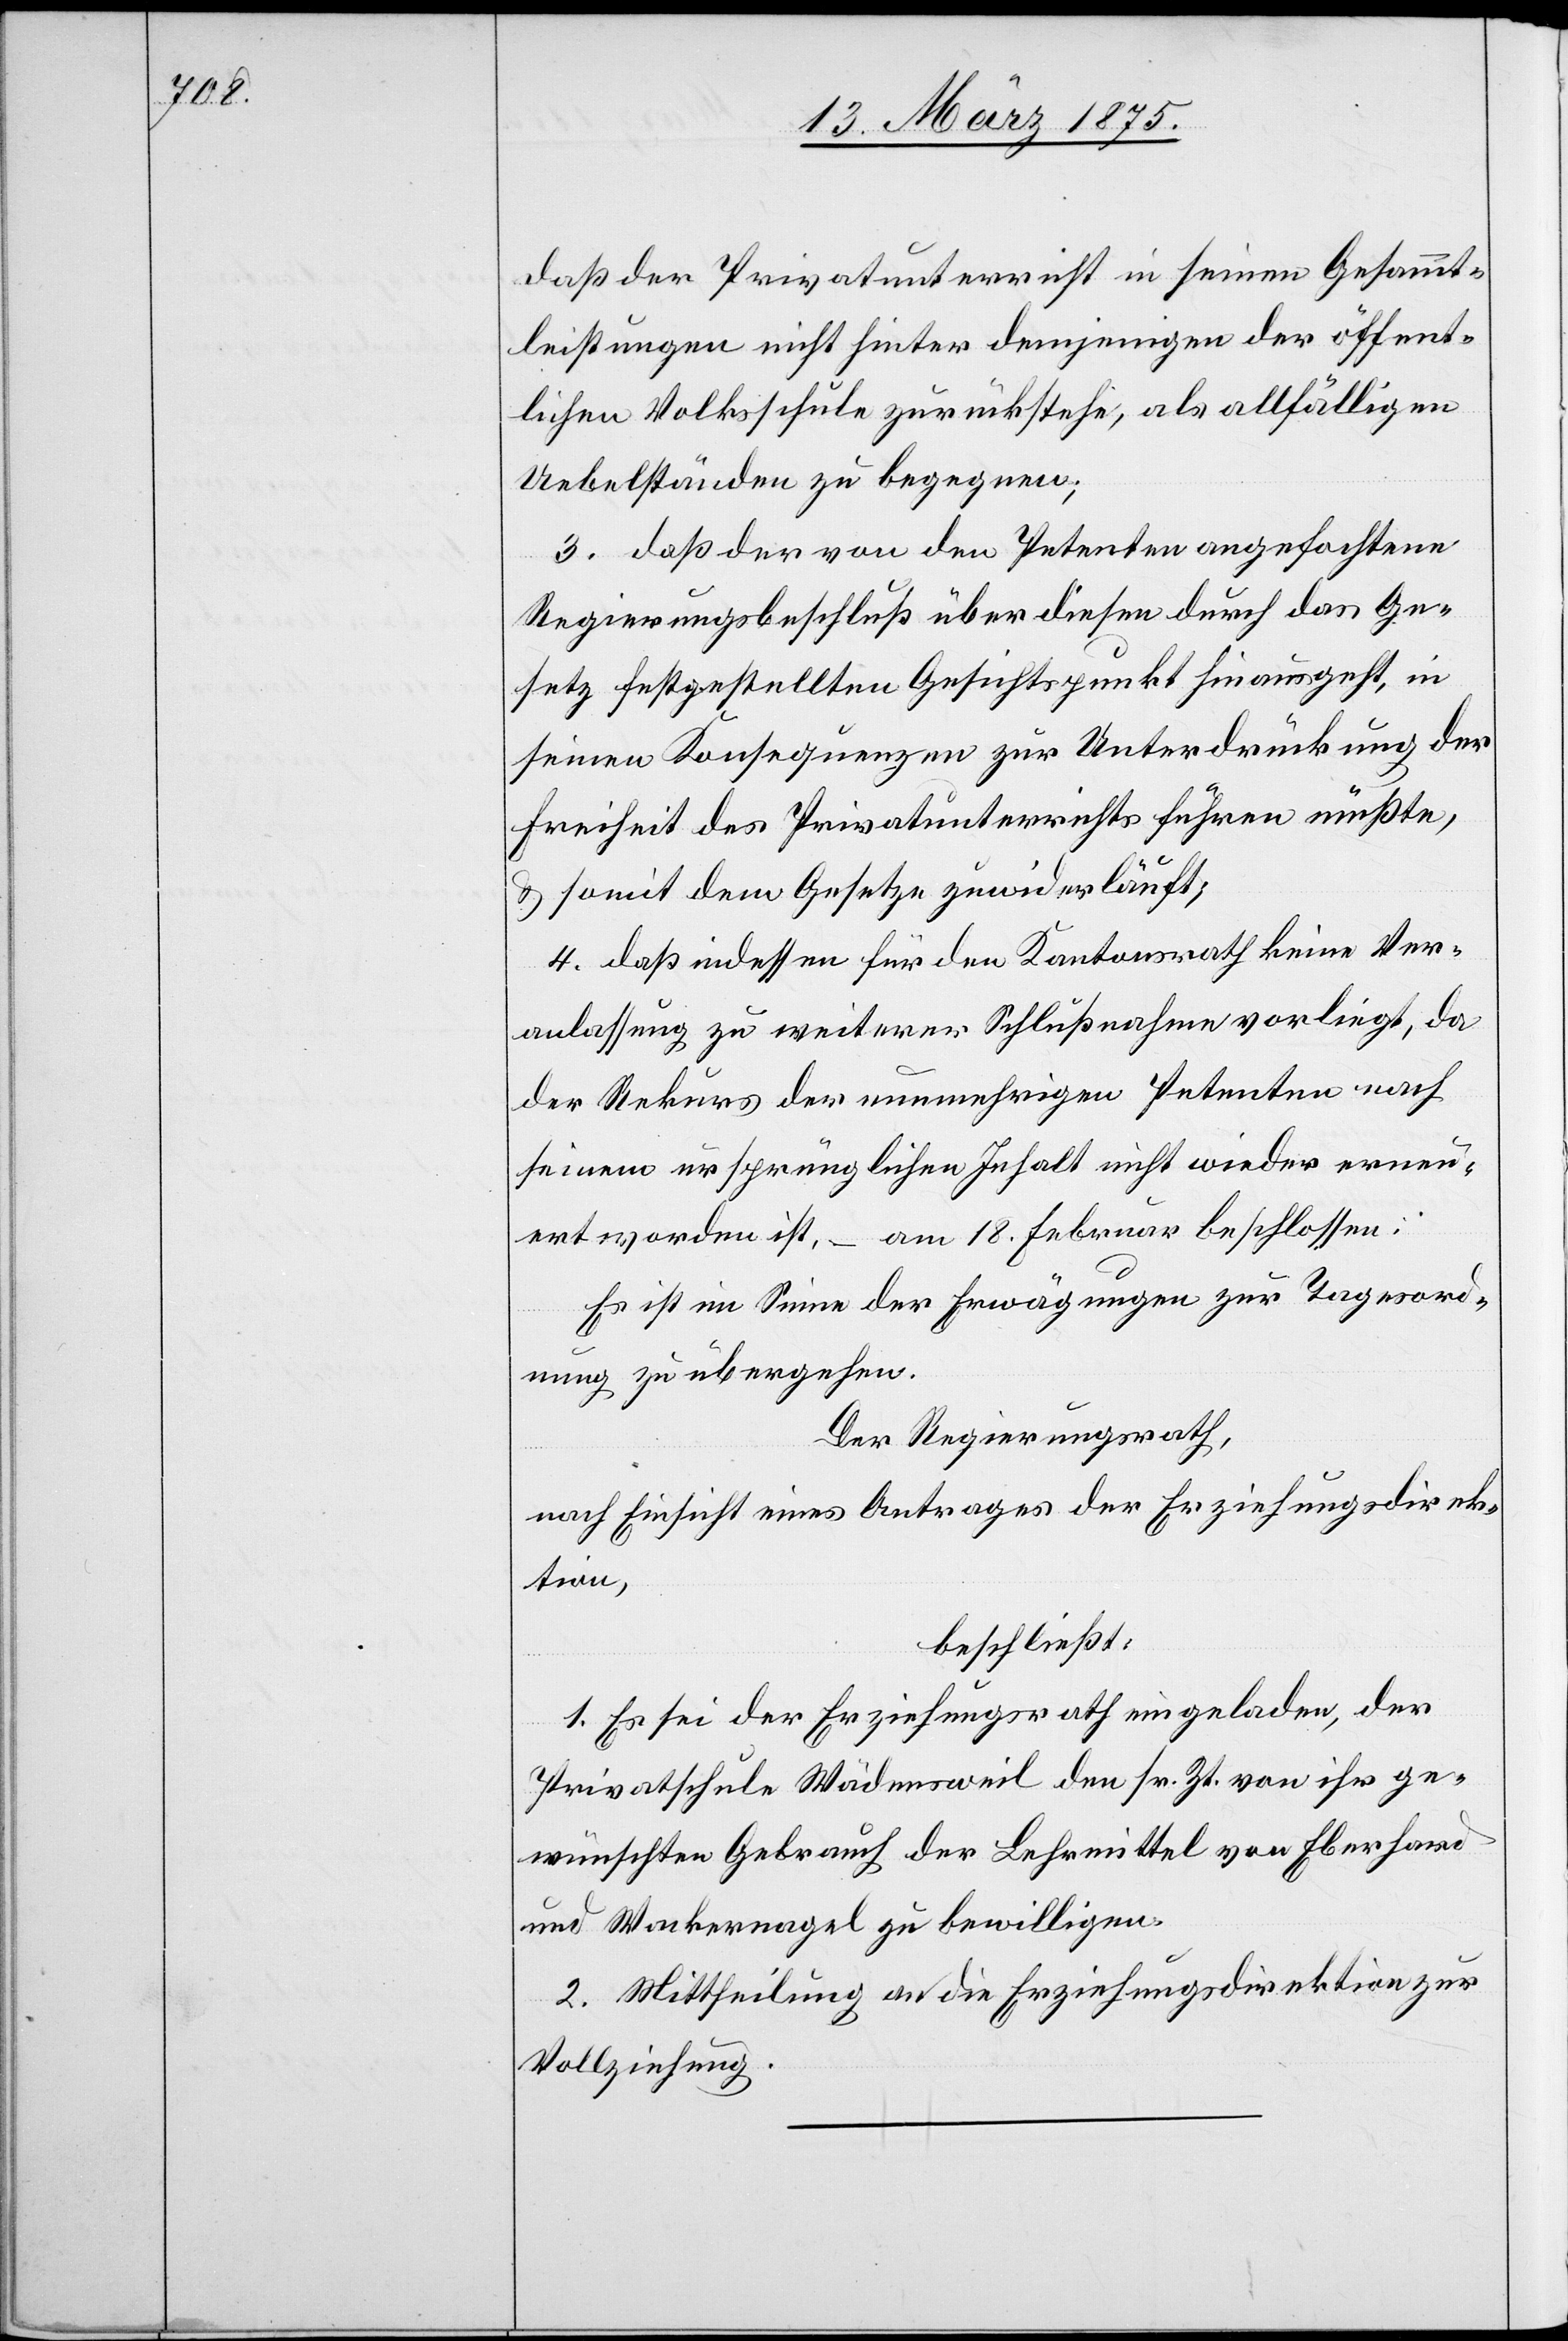
daß der Privatunterricht in seinen Gesamt¬
leistungen nicht hinter demjenigen der öffent¬
lichen Volksschule zurückstehe, als allfälligen
Uebelständen zu begegnen;
3. daß der von den Petenten angefochtene
Regierungsbeschluß über diesen durch das Ge¬
setz festgestellten Gesichtspunkt hie ausgeht, in
seinen Konsequenzen zur Unterdrückung der
Freiheit des Privatunterrichts führen müßte,
& somit dem Gesetze zuwiderläuft,
4. daß indessen für den Kantonsrath keine Ver¬
anlassung zu weiterer Schlußnahme vorliegt, da
der Rekurs der nunmehrigen Petenten nach
seinem ursprünglichen Inhalt nicht wieder erneu¬
ert worden ist, – am 18. Februar beschlossen:
Es ist im Sinne der Erwägungen zur Tagesord¬
nung zu übergehen.
Der Regierungsrath,
nach Einsicht eines Antrages der Erziehungsdirek¬
tion,
beschließt:
1. Es sei der Erziehungsrath eingeladen, der
Privatschule Wädenswil den sr. Zt. von ihr ge¬
wünschten Gebrauch der Lehrmittel von Eberhard
und Wackernagel zu bewilligen.
2. Mittheilung an die Erziehungsdirektion zur
Vollziehung.